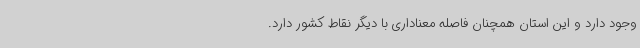
وجود دارد و این استان همچنان فاصله معناداری با دیگر نقاط کشور دارد.